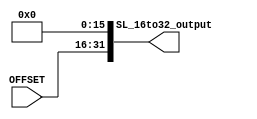
module sign_Extend16( 
    input wire [15:0] OFFSET,

    output wire [31:0] SL_16to32_output
);
    wire [31:0] A1;
    assign A1 = {{16{1'b0}}, OFFSET};

    assign SL_16to32_output = A1 << 16; 

endmodule